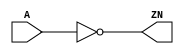
module INV_X2 (A, ZN);
  input A;
  output ZN;
  not(ZN, A);
  specify
    (A => ZN) = (0.1, 0.1);
  endspecify
endmodule